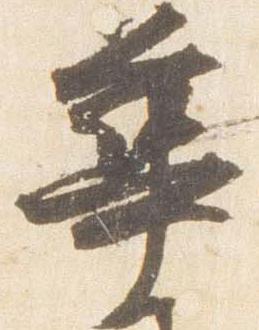
華